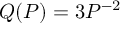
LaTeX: Q ( P ) = 3 P ^ { - 2 }